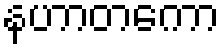
နဟာတကော